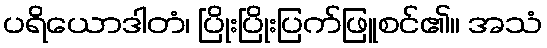
ပရိယောဒါတံ၊ ပြိုးပြိုးပြက်ဖြူစင်၏။ အသံ